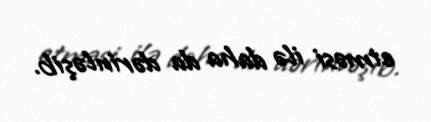
etməsi ilə daha da dərinləşib.